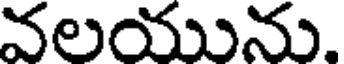
వలయును.